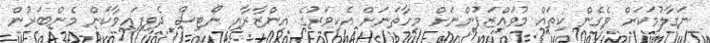
ނަގާލުމަކަށް ވެގެން ކިތައް މުވައްޒަފުންނަށް މިހާތަނަށް އެކިވަރުގެ އިންޒާރާއި ނޯޓިސް ދެވިފައިވާކަން މެންބަރުން